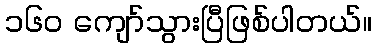
၁၆၀ ကျော်သွားပြီဖြစ်ပါတယ်။